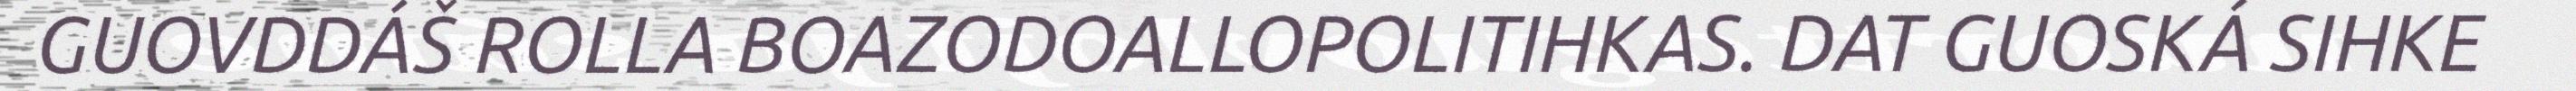
GUOVDDÁŠ ROLLA BOAZODOALLOPOLITIHKAS. DAT GUOSKÁ SIHKE